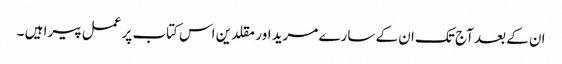
ان کے بعد آج تک ان کے سارے مرید اور مقلدین اس کتاب پر عمل پیرا ہیں ۔